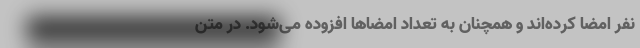
نفر امضا کرده‌اند و همچنان به تعداد امضاها افزوده می‌شود. در متن